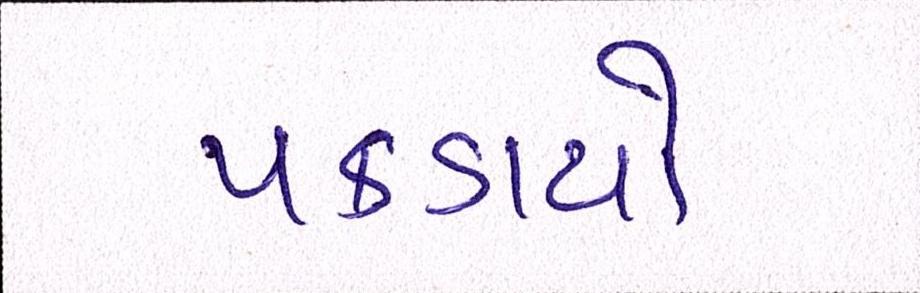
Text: પકડાયો